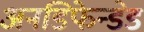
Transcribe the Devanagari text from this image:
अनडिफेन्डेड